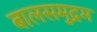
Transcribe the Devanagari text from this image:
बालसमुद्रम